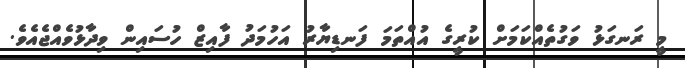
މީ ރަނގަޅު ވަގުތެއްކަމަށް ކުރީގެ އުއްތަމަ ފަނޑިޔާރު އަހުމަދު ފާއިޒް ހުސައިން ވިދާޅުވެއްޖެއެވެ.